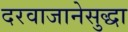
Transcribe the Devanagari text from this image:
दरवाजानेसुद्धा